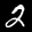
Label: 2